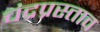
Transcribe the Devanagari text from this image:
चंद्रप्रस्ताव